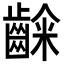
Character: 𮯉